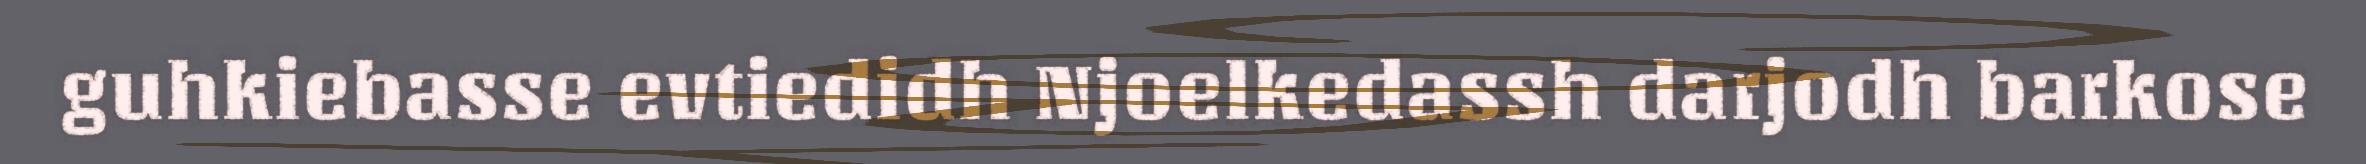
guhkiebasse evtiedidh Njoelkedassh darjodh barkose